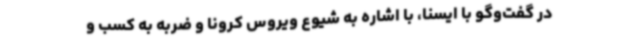
در گفت‌وگو با ایسنا، با اشاره به شیوع ویروس کرونا و ضربه به کسب و